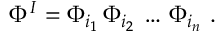
\Phi ^ { I } = \Phi _ { i _ { 1 } } \, \Phi _ { i _ { 2 } } \, \dots \, \Phi _ { i _ { n } } \ .